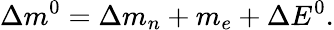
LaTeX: \Delta m^{0}=\Delta m_{n}+m_{e}+\Delta E^{0}.